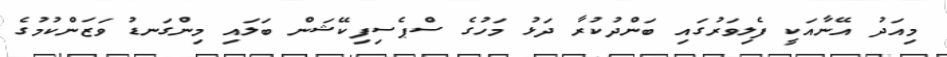
މިއަދު އޭނާއަކީ ފެލިވަރުގައި ބަންދުކުރާ ދަޅު މަހުގެ ސްޕެސިފިކޭޝަން ބަލައި މިންގަނޑު ވަޒަންކުމުގެ